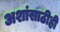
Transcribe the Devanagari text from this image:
अशांसाठीही